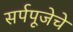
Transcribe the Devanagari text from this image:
सर्पपूजेचे